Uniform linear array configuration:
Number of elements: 64
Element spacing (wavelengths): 1
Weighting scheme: exponential
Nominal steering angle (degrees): -45
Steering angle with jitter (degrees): -43.268
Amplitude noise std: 0.05
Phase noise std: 0.05

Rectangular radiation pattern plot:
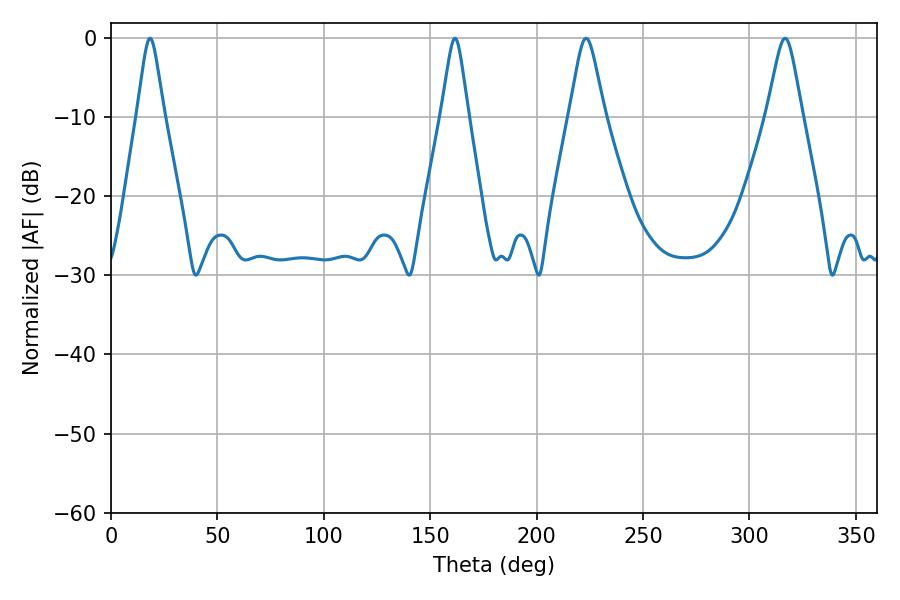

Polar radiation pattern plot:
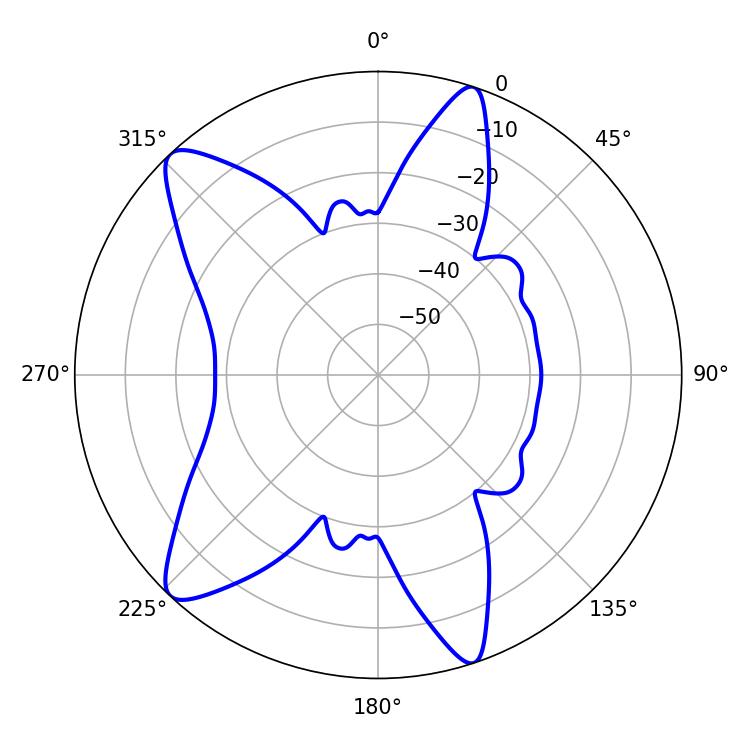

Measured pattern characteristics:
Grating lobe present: TRUE
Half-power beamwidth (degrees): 5.94
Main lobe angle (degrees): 161.64